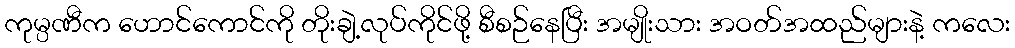
ကုမ္ပဏီက ဟောင်ကောင်ကို တိုးချဲ့လုပ်ကိုင်ဖို့ စီစဉ်နေပြီး အမျိုးသား အဝတ်အထည်များနဲ့ ကလေး